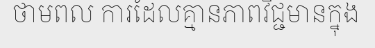
ថាមពល ការដែលគ្មានភាពវិជ្ជមានក្នុង